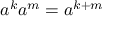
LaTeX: a ^ { k } a ^ { m } = a ^ { k + m }